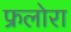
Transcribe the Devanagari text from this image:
फ्रलोरा